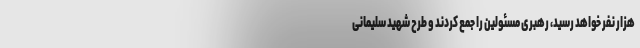
هزار نفر خواهد رسید، رهبری مسئولین را جمع کردند و طرح شهید سلیمانی